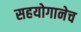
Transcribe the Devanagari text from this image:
सहयोगानेच